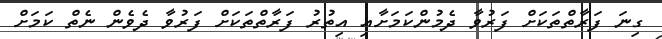
ގިނަ ފަރާތްތަކަށް ފަރުވާ ދެމުންކަމަށާއި އިތުރު ފަރާތްތަކަށް ފަރުވާ ދެވެން ނެތް ކަމަށް